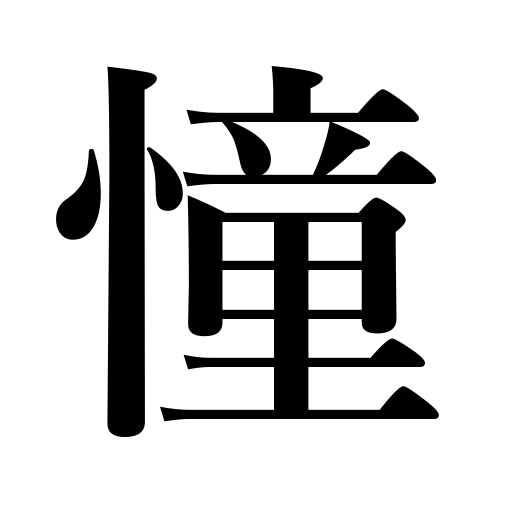
Meanings: long for,aspire to,yearn after,admire,adore,thirst for